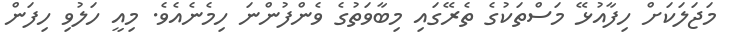
މަޖަލަކަށް ހިފާއުޅޭ މަސްތަކުގެ ތެރޭގައި މިބާވަތުގެ ވެންފުންނަ ހިމެނެއެވެ. މިއީ ހަލުވި ހިފަން